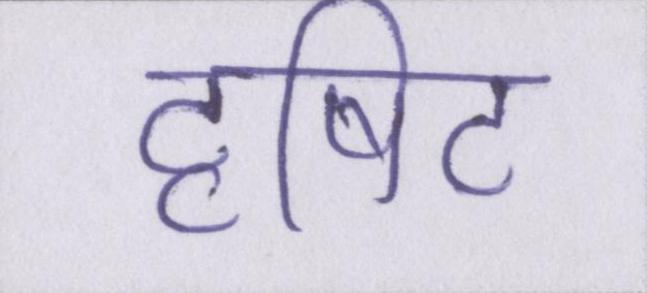
दृषिट